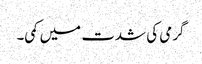
گرمی کی شدت میں کمی۔